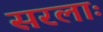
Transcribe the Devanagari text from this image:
सरलाः